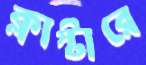
ক্লাস্টারে